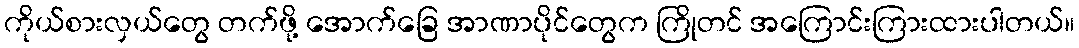
ကိုယ်စားလှယ်တွေ တက်ဖို့ အောက်ခြေ အာဏာပိုင်တွေက ကြိုတင် အကြောင်းကြားထားပါတယ်။